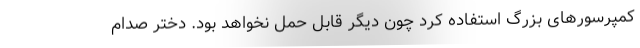
کمپرسورهای بزرگ استفاده کرد چون دیگر قابل حمل نخواهد بود. دختر صدام